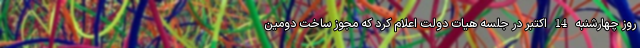
روز چهارشنبه 14 اکتبر در جلسه هیات دولت اعلام کرد که مجوز ساخت دومین